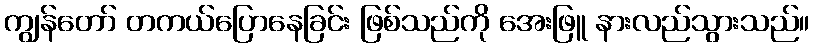
ကျွန်တော် တကယ်ပြောနေခြင်း ဖြစ်သည်ကို အေးဖြူ နားလည်သွားသည်။